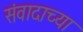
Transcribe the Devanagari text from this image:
संवादाच्या